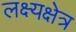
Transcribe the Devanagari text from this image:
लक्ष्यक्षेत्र